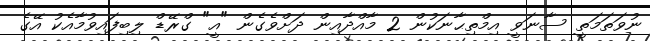
ނުވަތަމަތީ ސާނަވީ އިމްތިޙާނަކުން 2 މާއްދާއިން ދަށްވެގެން "އީ" ގްރޭޑް ލިބިފައިވުމާއެކު އޭގެ